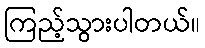
ကြည့်သွားပါတယ်။